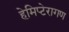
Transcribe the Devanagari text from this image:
हेमिप्टेरागण